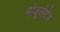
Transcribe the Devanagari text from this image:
मोडूलेटेड